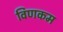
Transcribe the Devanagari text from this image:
विणकम